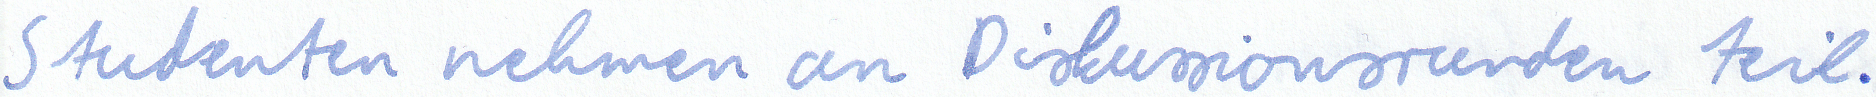
Studenten nehmen an Diskussionsrunden teil.